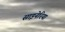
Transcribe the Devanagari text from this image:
साइनेरिया